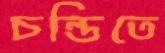
চন্ডিতে